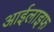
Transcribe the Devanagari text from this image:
आईलाइफ